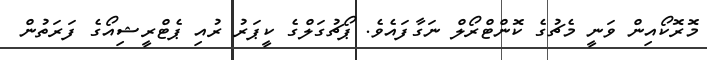
މޮރޮކޯއިން ވަނީ މެޗުގެ ކޮންޓްރޯލް ނަގާފައެވެ. ޕޯޗުގަލްގެ ކީޕަރު ރުއި ޕެޓްރީޝިއޯގެ ފަރަތުން